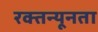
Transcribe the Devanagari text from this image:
रक्तन्यूनता